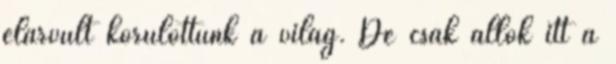
elárvult körülöttünk a világ. De csak állok itt a